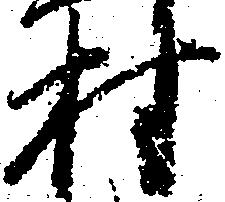
村